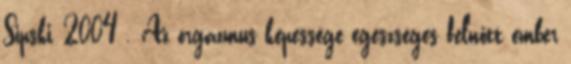
Sipski, 2004 . Az orgazmus képessége egészséges felnőtt ember